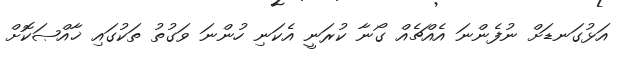
އަޅުގަނޑަށް ނުފެންނަ އެއްޗެއް ގޯނާ ކުރަނީ އެކަނި ހުންނަ ވަގުތު ތަކުގައި ޚާއްޞަކޮށް